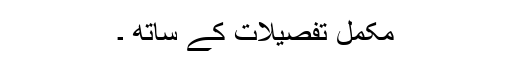
مکمل تفصیلات کے ساتھ ۔